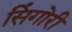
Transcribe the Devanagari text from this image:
सिंगोरी